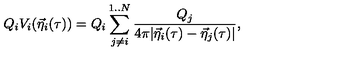
Q _ { i } V _ { i } ( { \vec { \eta } } _ { i } ( \tau ) ) = Q _ { i } \sum _ { j \not = i } ^ { 1 . . N } { \frac { { Q _ { j } } } { { 4 \pi | { \vec { \eta } } _ { i } ( \tau ) - { \vec { \eta } } _ { j } ( \tau ) | } } } ,